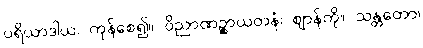
ပရိယာဒါယ၊ ကုန်စေ၍။ ဝိညာဏဉ္စာယတနံ၊ ဈာန်ကို။ သန္တတော၊